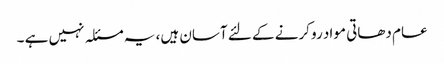
عام دھاتی مواد رو کرنے کے لئے آسان ہیں، یہ مسئلہ نہیں ہے ۔